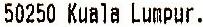
50250 KUALA LUMPUR.